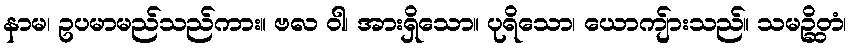
နာမ၊ ဥပမာမည်သည်ကား။ ဗလ ဝါ၊ အားရှိသော။ ပုရိသော၊ ယောကျ်ားသည်။ သမဉ္ဆိတံ၊